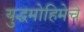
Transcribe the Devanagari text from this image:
युद्धमोहिमेचे